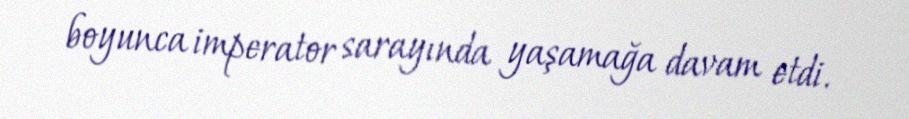
boyunca imperator sarayında yaşamağa davam etdi.